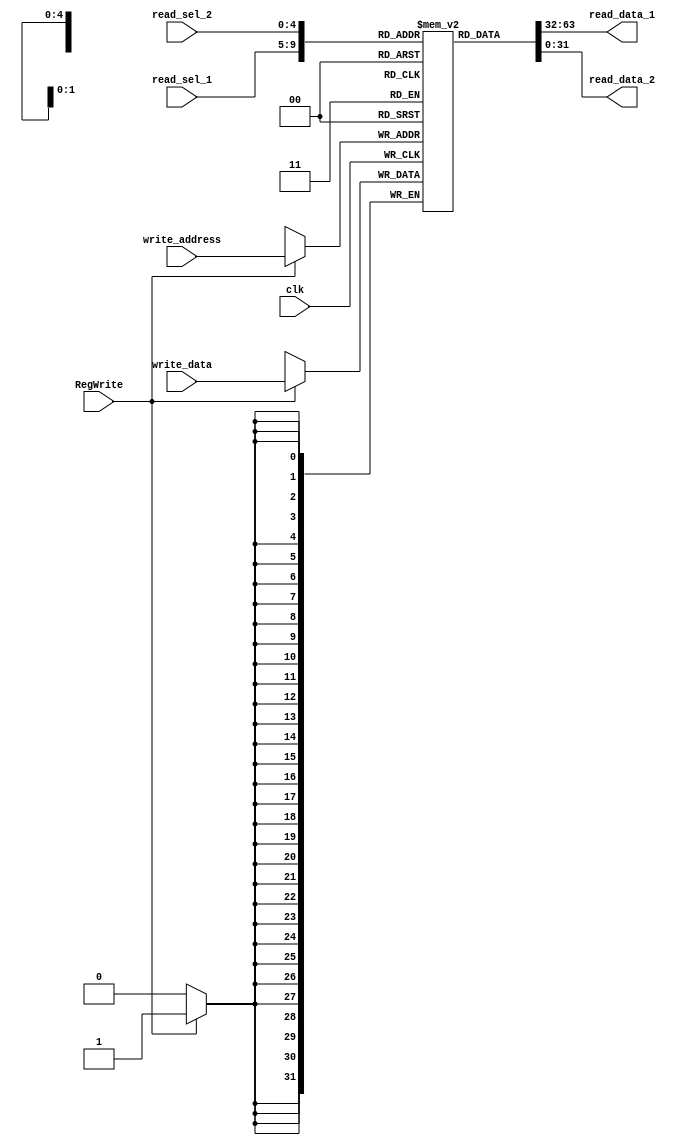
`timescale 1ns / 1ps
//////////////////////////////////////////////////////////////////////////////////
// Company: 
// Engineer: 
// 
// Design Name: 
// Module Name:    nbit_register_file 
// Project Name: 
// Target Devices: 
// Tool versions: 
// Description: 
//
// Dependencies: 
//
// Revision: 
// Revision 0.01 - File Created
// Additional Comments: 
//
//////////////////////////////////////////////////////////////////////////////////

module nbit_register_file(write_data, 
                          read_data_1, read_data_2, 
                          read_sel_1, read_sel_2, 
                          write_address, RegWrite, clk);
                          
    parameter data_width = 32;
    parameter select_width = 5; 
                          
    input   clk, RegWrite;
    input   [data_width-1:0]    write_data;
    input   [4:0]               read_sel_1, read_sel_2, write_address;
    output  [data_width-1:0]    read_data_1, read_data_2;
    
    reg     [data_width-1:0]    register_file [0:data_width-1];
    
    // for loop initializes all registers to 0, no need to rst
    integer i;
    initial begin
        for (i = 0; i < 32; i = i + 1) begin 
            register_file[i] = 32'd0;
        end     
    end
    
	 assign		read_data_1 = register_file[read_sel_1];
	 assign		read_data_2 = register_file[read_sel_2];

    always @ (posedge clk) begin
        if (RegWrite) 
            register_file[write_address] <= write_data;
    end
    
endmodule